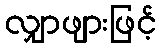
လျှာဖျားဖြင့်